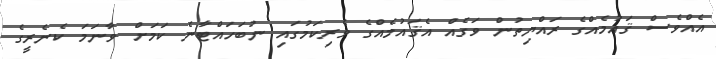
އެއްވެސް ޤައުމެއްގެ ރައްޔިތުން ވަގެއް އެޤައުމެއްގެ ވެރިކަމުގައި ނުބަހައްޓާނެ ކަމަށް ވާނަމަ ކެނެރީގެ